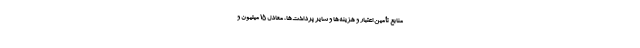
منابع تأمین اعتبار و هزینه‌ها و سایر پرداخت‌ها، معادل ۱۵ میلیون و